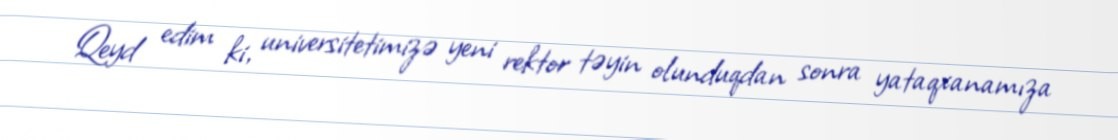
Qeyd edim ki, universitetimizə yeni rektor təyin olunduqdan sonra yataqxanamıza